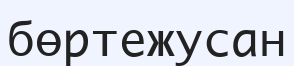
бөртежусан